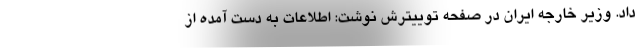
داد. وزیر خارجه ایران در صفحه توییترش نوشت: اطلاعات به دست آمده از